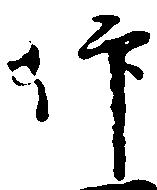
仰